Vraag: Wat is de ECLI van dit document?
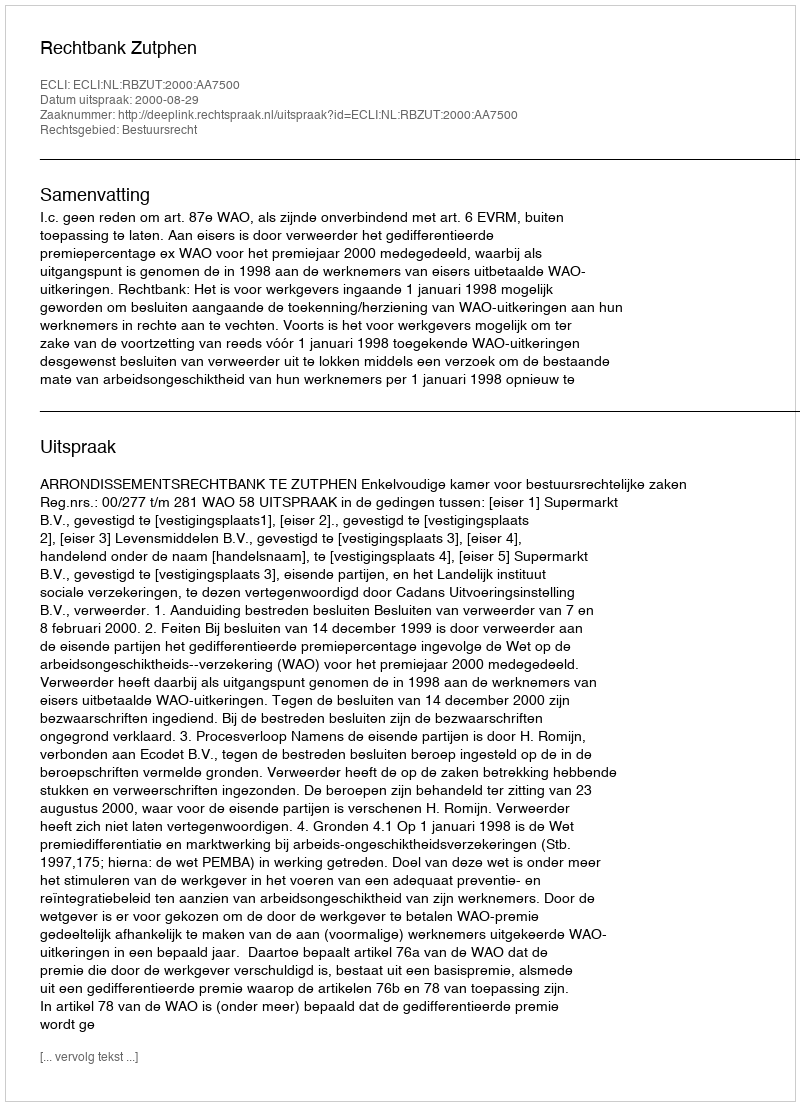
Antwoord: ECLI:NL:RBZUT:2000:AA7500